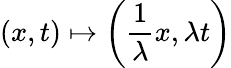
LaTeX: (x,t)\mapsto\left({\frac{1}{\lambda}}x,\lambda t\right)